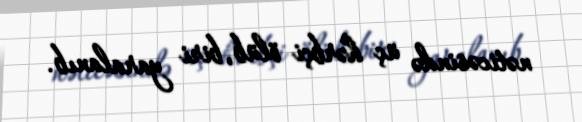
nəticəsində üç hərbçi ölüb, biri yaralanıb.